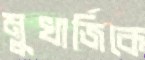
মুখার্জিকে